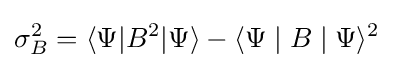
\sigma _{B}^{2}=\langle \Psi |B^{2}|\Psi \rangle -\langle \Psi \mid B\mid \Psi \rangle ^{2}